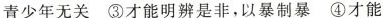
青少年无关 ③才能明辨是非，以暴制暴 ④才能